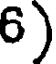
6)